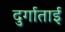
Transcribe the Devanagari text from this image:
दुर्गाताई